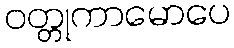
ဝတ္တုကာမောပေ